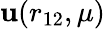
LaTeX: \mathbf{u}(r_{12},\mu)